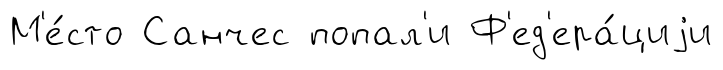
М'е́сто Санчес попал'и Ф'ед'ера́циjи